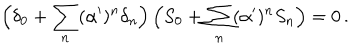
\Big ( \delta _ { 0 } + \sum _ { n } ( \alpha ^ { \prime } ) ^ { n } \delta _ { n } \Big ) \, \Big ( S _ { 0 } + \sum _ { n } ( \alpha ^ { \prime } ) ^ { n } S _ { n } \Big ) = 0 \, .